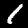
Digit: 1